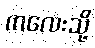
ကလေးသို့